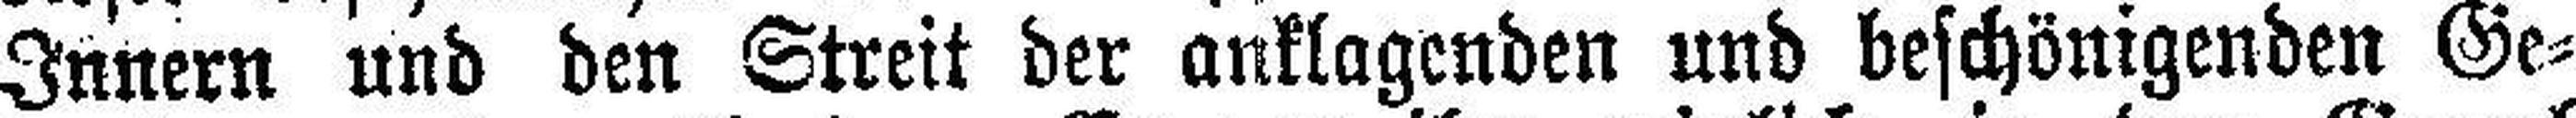
Innern und den Streit der anklagenden und beschönigenden Ge¬